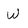
Character: W